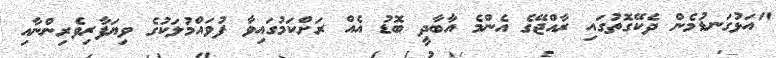
"އަޅުގަނޑުމެން ދެކޭގޮތުގައި ރާއްޖޭގެ އެންމެ އާބާދީ ބޮޑު އެއް ރަށްކަމުގައިވާ ފުވައްމުލަކުގެ ވިޔަފާރިވެރިންނާއި